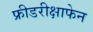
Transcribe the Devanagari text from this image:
फ्रीडरीक्षाफेन